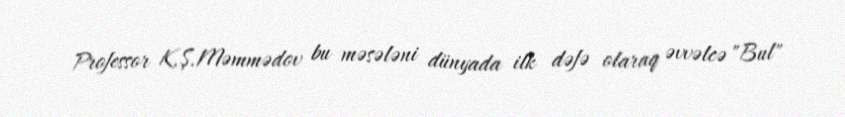
Professor K.Ş.Məmmədov bu məsələni dünyada ilk dəfə olaraq əvvəlcə "Bul"